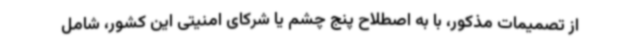
از تصمیمات مذکور، با به اصطلاح پنج چشم یا شرکای امنیتی این کشور، شامل